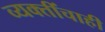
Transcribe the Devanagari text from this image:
व्यक्तींचाही